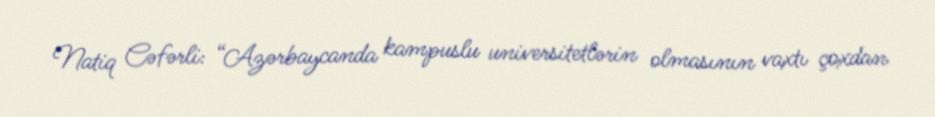
Natiq Cəfərli: “Azərbaycanda kampuslu universitetlərin olmasının vaxtı çoxdan